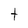
Character: t